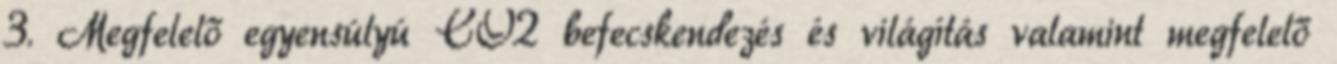
3. Megfelelő egyensúlyú CO2 befecskendezés és világítás valamint megfelelő